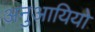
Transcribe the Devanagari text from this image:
अनुआयियो